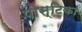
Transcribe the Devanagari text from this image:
पोस्टिका